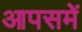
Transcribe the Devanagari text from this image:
आपसमें